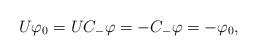
LaTeX: \begin{align*} U \varphi_0 = U C_- \varphi = - C_- \varphi = - \varphi_0, \end{align*}